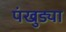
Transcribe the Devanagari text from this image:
पंखुड्या